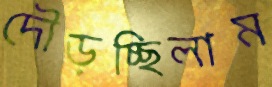
দৌড়চ্ছিলাম